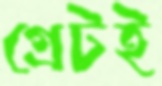
গ্রেটই